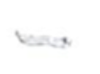
Text: -
Cross-out: mix
Writing tool: pencil